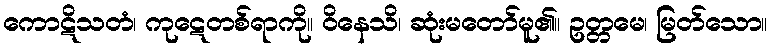
ကောဋိသတံ၊ ကုဋေတစ်ရာကို။ ဝိနေသိ၊ ဆုံးမတော်မူ၏။ ဥတ္တမေ၊ မြတ်သော။